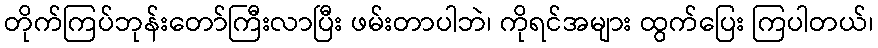
တိုက်ကြပ်ဘုန်းတော်ကြီးလာပြီး ဖမ်းတာပါဘဲ၊ ကိုရင်အများ ထွက်ပြေး ကြပါတယ်၊